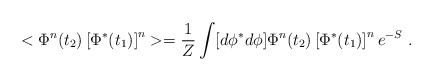
\begin{align*}< \Phi^n(t_2) \left[\Phi^*(t_1)\right]^n >= {1 \over Z} \int [d\phi^*d\phi] \Phi^n(t_2) \left[\Phi^*(t_1)\right]^ne^{-S} \ .\end{align*}